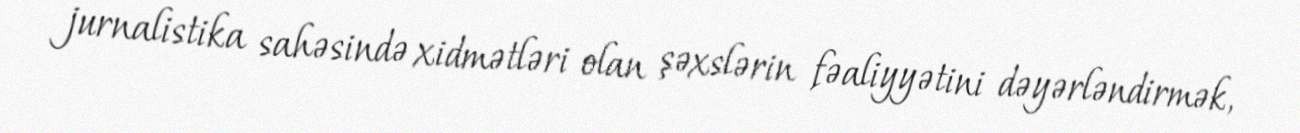
jurnalistika sahəsində xidmətləri olan şəxslərin fəaliyyətini dəyərləndirmək,